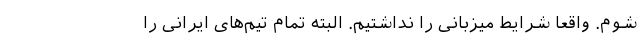
شوم. واقعا شرایط میزبانی را نداشتیم. البته تمام تیم‌های ایرانی را